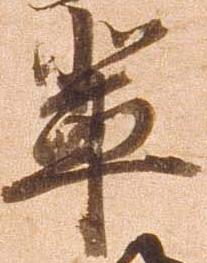
輩